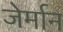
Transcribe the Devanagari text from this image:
जेर्मान